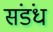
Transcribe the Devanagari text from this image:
संडंध